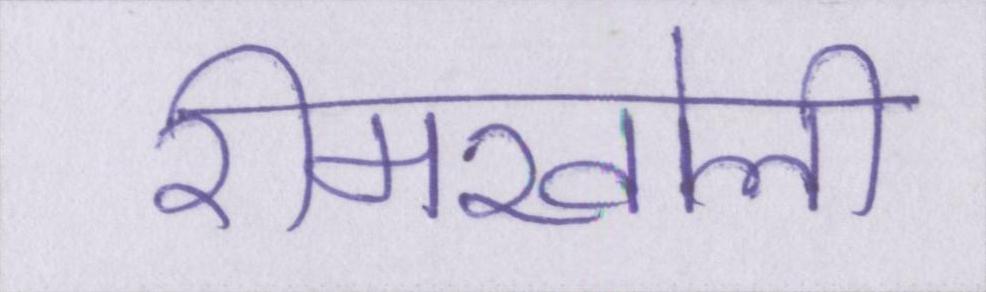
रीमखोली